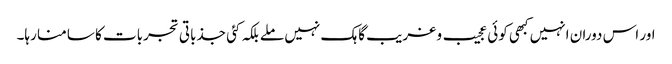
اور اس دوران انہیں کبھی کوئی عجیب و غریب گاہک نہیں ملے بلکہ کئی جذباتی تجربات کا سامنا رہا۔